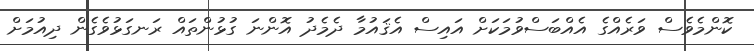
ކޮންމެވެސް ވަރެއްގެ އެއްބަސްވުމަކަށް އައިސް އެޤައުމާ ދެމެދު އޮންނަ ގުޅުންތައް ރަނގަޅުވެގެން ދިއުމަށް